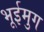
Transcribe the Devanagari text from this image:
भूईमुग